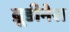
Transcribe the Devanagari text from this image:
ब्रूडीनेस